Indian journal of veterinary science and animal husbandry - Volume 3,
Year: 1933
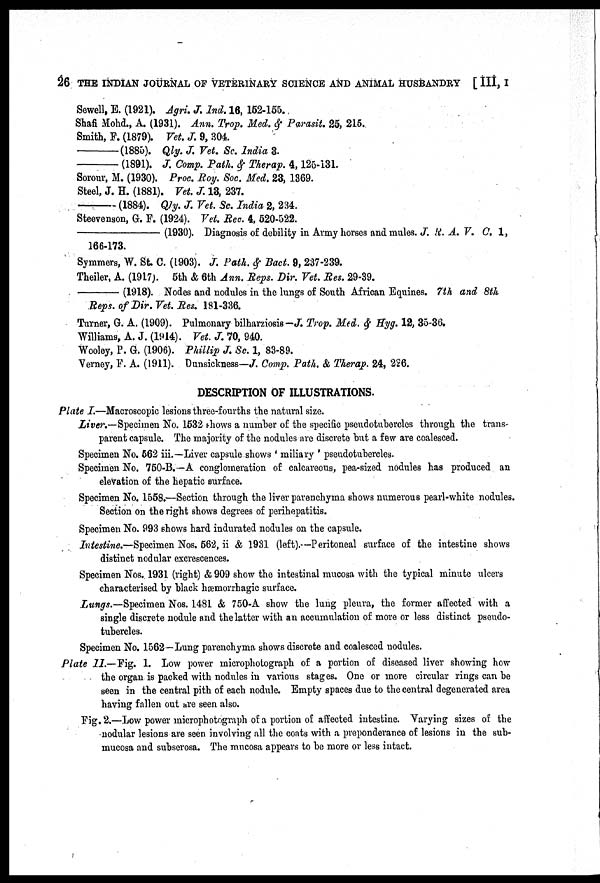
26 THE INDIAN JOURNAL OF VETERINARY SCIENCE AND ANIMAL HUSBANDRY [ III, I
Sewell, E. (1921). Agri. J. Ind. 16, 152-155.
Shafi Mohd., A. (1931). Ann. Trop. Med. & Parasit. 25, 215.
Smith, F. (1879). Vet. J. 9, 304.
—
(1885). Qly. J. Vet. Sc. India 3.
—
(1891). J. Comp. Path. & Therap. 4,125-131.
Sorour, M. (1930). Proc. Roy. Soc. Med. 23, 1369.
Steel, J. H. (1881). Vet. J. 13, 237.
—
(1884). Qly. J. Vet. Sc. India 2, 234.
Steevenson, G. F. (1924). Vet. Rec. 4, 520-522.
—
(1930). Diagnosis of debility in Army horses and mules. J. R. A. V. C. 1,
166-173.
Symmers, W. St. C. (1903). J. Path. & Bact. 9, 237-239.
Theiler, A. (1917). 5th & 6th Ann. Reps. Dir. Vet. Res. 29-39.
—
(1918). Nodes and nodules in the lungs of South African Equines. 7th and 8th
Reps, of Dir. Vet. Res. 181-336.
Turner, G. A. (1909). Pulmonary bilharziosis - J. .Trop. Med. & Hyg. 12, 35-36.
Williams, A. J. (1914). Vet. J. 70, 940.
Wooley, P. G. (1906). Phillip J. Sc. 1, 83-89.
Verney, F. A. (1911). Dunsickness—J. Comp. Path. & Therap. 24, 226.
DESCRIPTION OF ILLUSTRATIONS.
Plate I.—Macroscopic lesions three-fourths the natural size.
Liver.—Specimen No. 1532 shows a number of the specific pseudotubercles through the trans-
parent capsule. The majority of the nodules are discrete but a few are coalesced.
Specimen No. 562 iii.—Liver capsule shows ' miliary ' pseudotubercles.
Specimen No. 750-B.—A conglomeration of calcareous, pea-sized nodules has produced an
elevation of the hepatic surface.
Specimen No. 1558.—Section through the liver parenchyma shows numerous pearl-white nodules.
Section on the right shows degrees of perihepatitis.
Specimen No. 993 shows hard indurated nodules on the capsule.
Intestine.—Specimen Nos. 562, ii & 1931 (left).—Peritoneal surface of the intestine shows
distinct nodular excrescences.
Specimen Nos. 1931 (right) & 909 show the intestinal mucosa with the typical minute ulcers
characterised by black hæmorrhagic surface.
Lungs.—Specimen Nos. 1481 & 750-A show the lung pleura, the former affected with a
single discrete nodule and the latter with an accumulation of more or less distinct pseudo-
tubercles.
Specimen No. 1562—Lung parenchyma shows discrete and coalesced nodules.
Plate II.—Fig. 1. Low power microphotograph of a portion of diseased liver showing how
the organ is packed with nodules in various stages. One or more circular rings can be
seen in the central pith of each nodule. Empty spaces due to the central degenerated area
having fallen out are seen also.
Fig.2.—Low power microphotograph of a portion of affected intestine. Varying sizes of the
nodular lesions are seen involving all the coats with a preponderance of lesions in the sub-
mucosa and subserosa. The mucosa appears to be more or less intact.